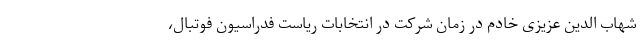
شهاب الدین عزیزی خادم در زمان شرکت در انتخابات ریاست فدراسیون فوتبال،